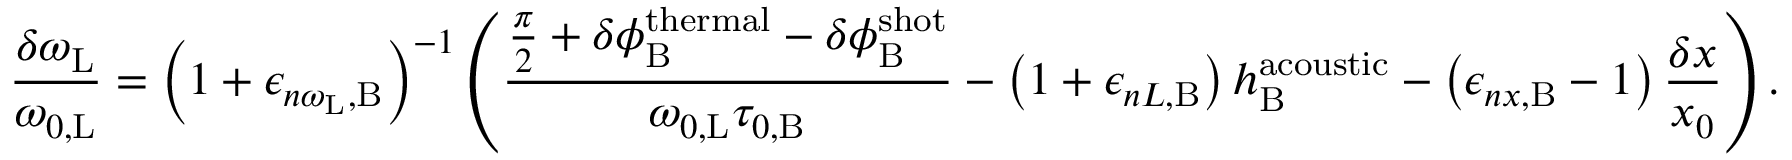
\frac { \delta \omega _ { \mathrm { L } } } { \omega _ { 0 , \mathrm { L } } } = \left( 1 + \epsilon _ { n \omega _ { \mathrm { L } } , \mathrm { B } } \right) ^ { - 1 } \left( \frac { \frac { \pi } { 2 } + \delta \phi _ { \mathrm { B } } ^ { \mathrm { t h e r m a l } } - \delta \phi _ { \mathrm { B } } ^ { \mathrm { s h o t } } } { \omega _ { 0 , \mathrm { L } } \tau _ { 0 , \mathrm { B } } } - \left( 1 + \epsilon _ { n L , \mathrm { B } } \right) h _ { \mathrm { B } } ^ { \mathrm { a c o u s t i c } } - \left( \epsilon _ { n x , \mathrm { B } } - 1 \right) \frac { \delta x } { x _ { 0 } } \right) .